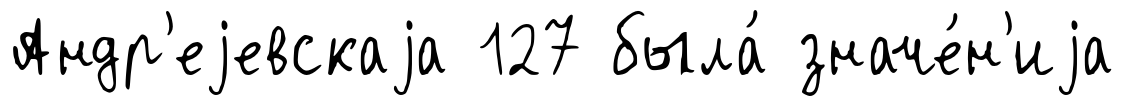
Андр'еjевскаjа 127 была́ значе́н'иjа